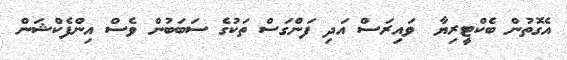
އެގޮތުން ބެކްޓީރިޔާ  ވައިރަސް އަދި ފަންގަސް ތަކުގެ ސަބަބުން ވެސް އިންފެކްޝަން